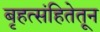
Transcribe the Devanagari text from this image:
बृहत्संहितेतून